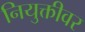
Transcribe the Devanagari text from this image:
नियुक्तीवर